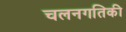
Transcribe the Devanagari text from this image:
चलनगतिकी